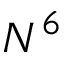
N ^ { 6 }